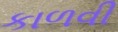
કાળવી